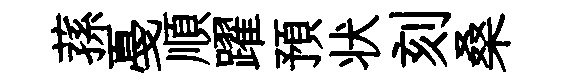
蓀戞順躍預状刻桑